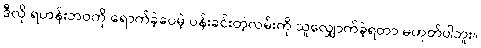
ဒီလို ရဟန်းဘဝကို ရောက်ခဲ့ပေမဲ့ ပန်းခင်းတဲ့လမ်းကို သူလျှောက်ခဲ့ရတာ မဟုတ်ပါဘူး။